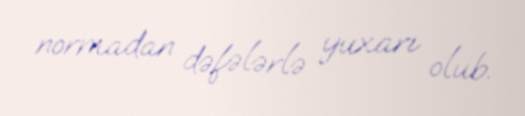
normadan dəfələrlə yuxarı olub.